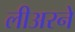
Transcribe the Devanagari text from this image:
लीअरने